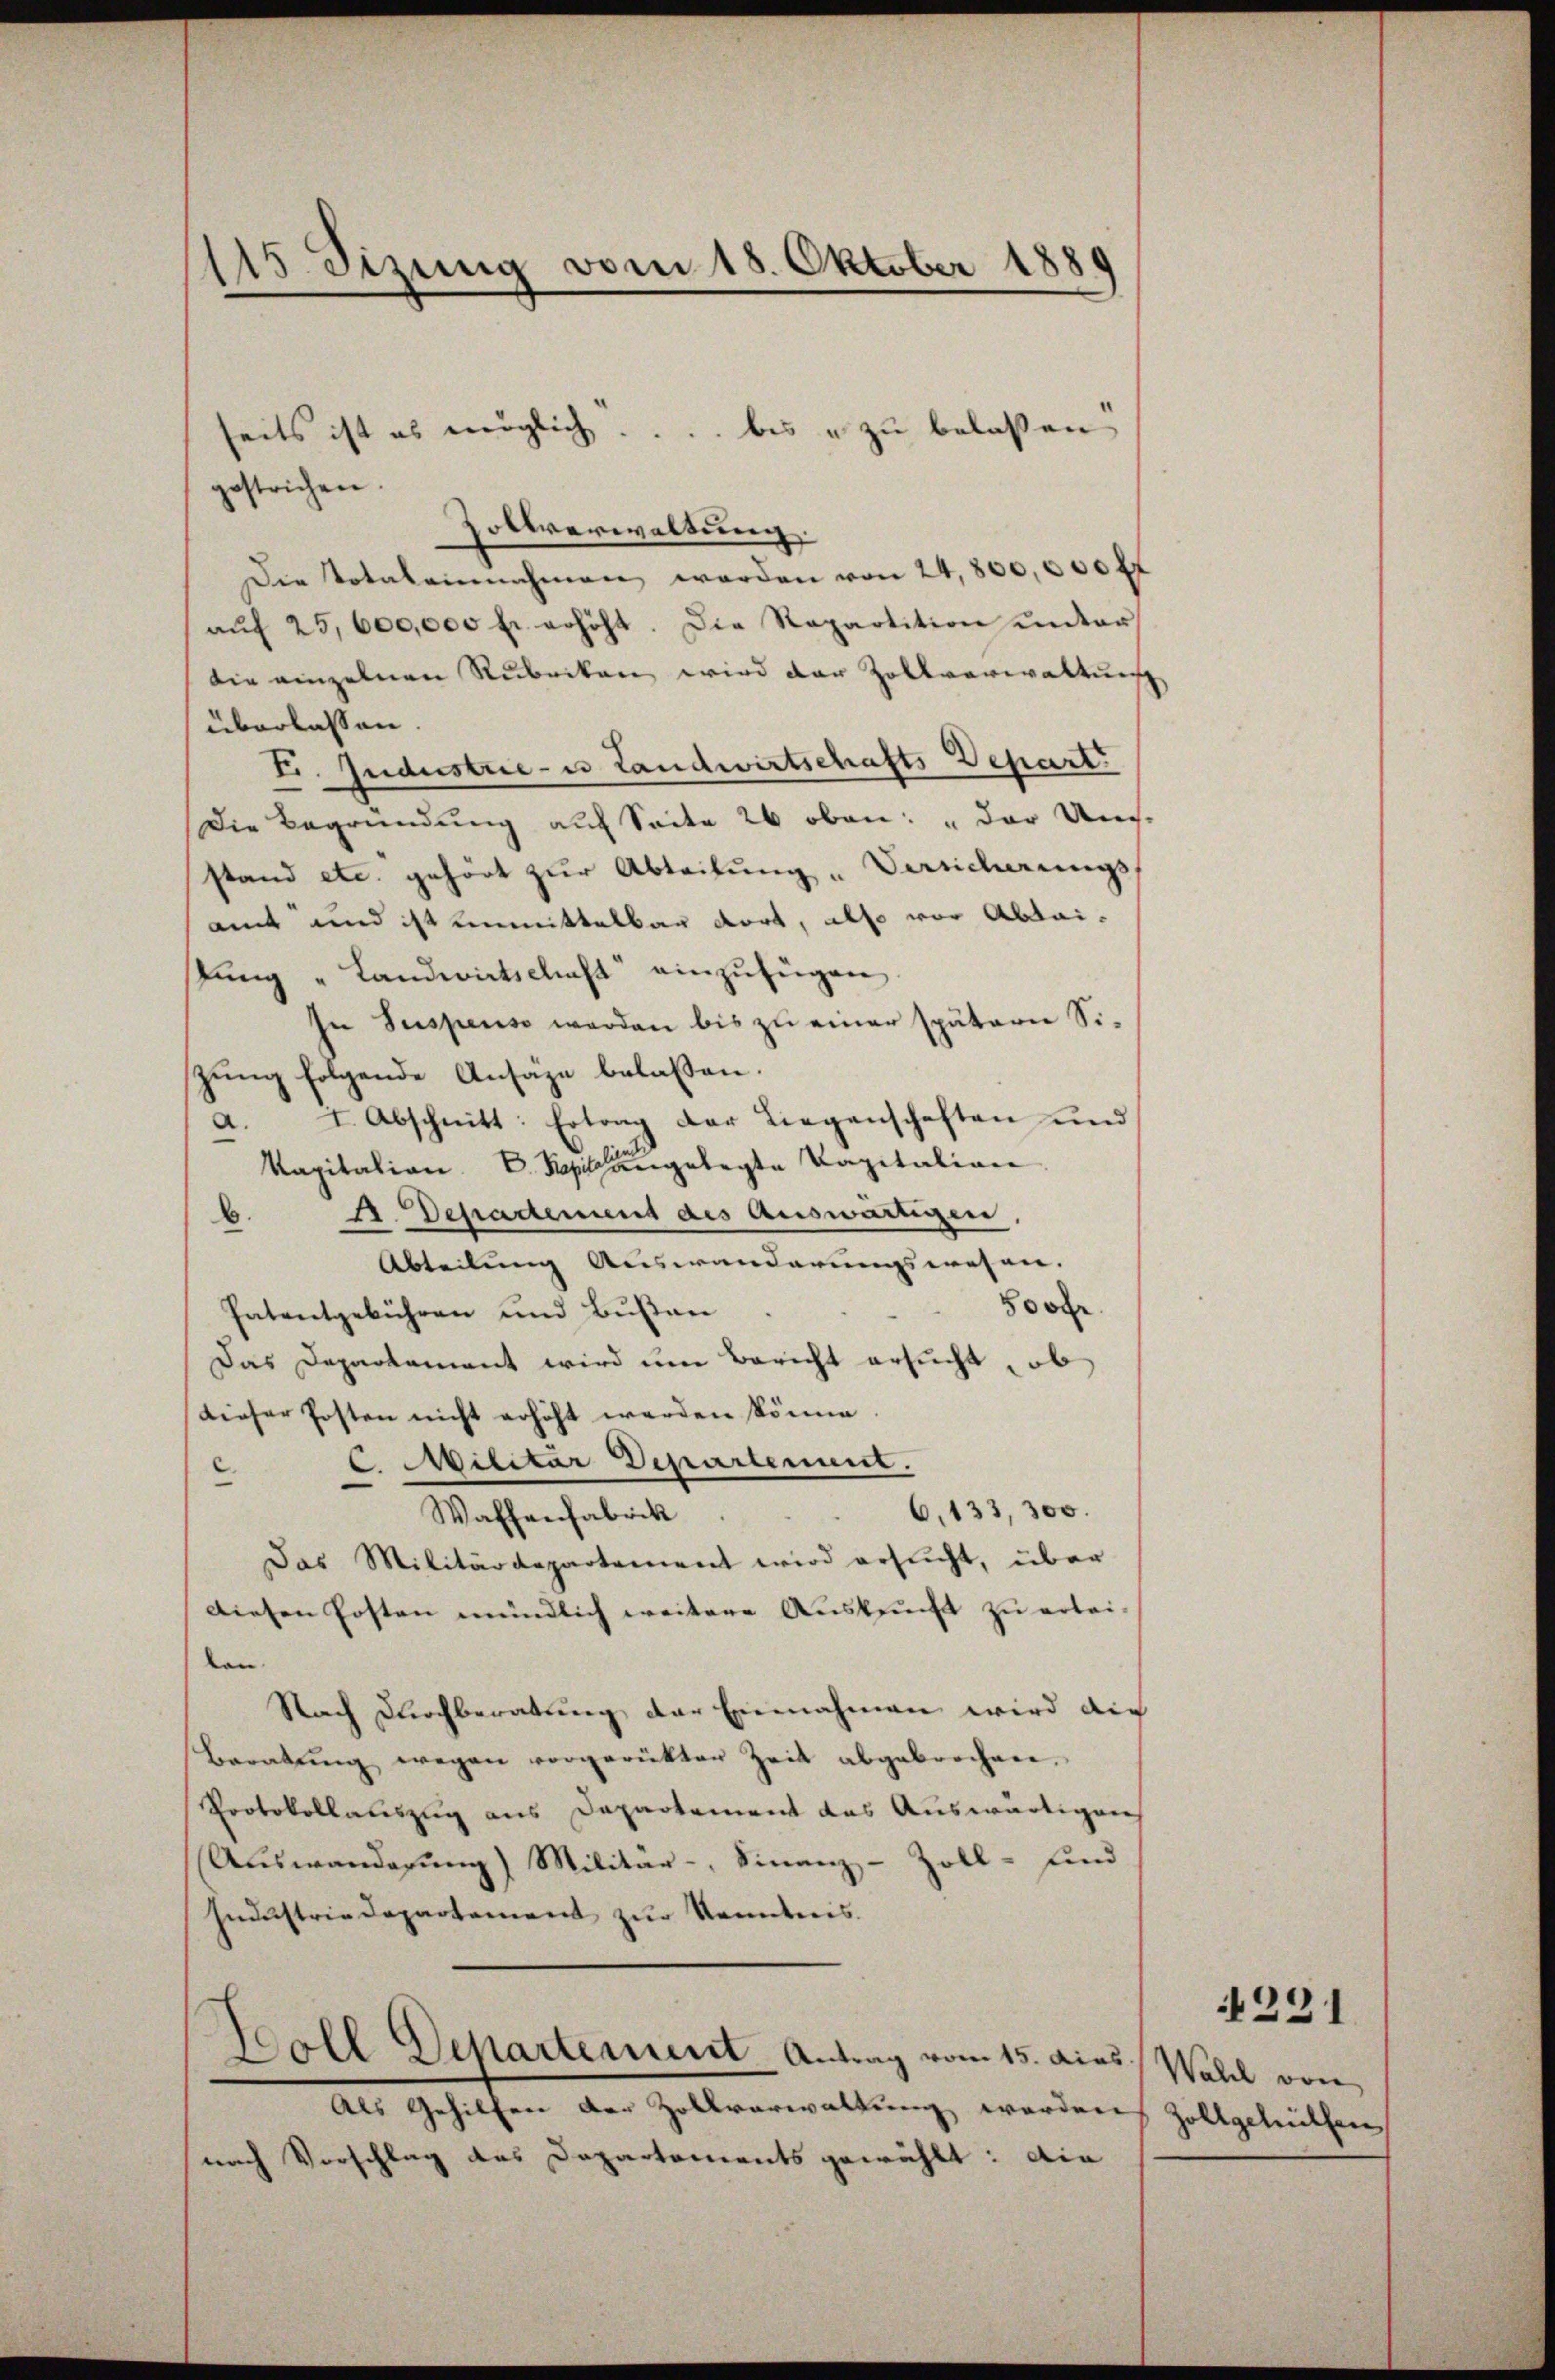
115 Sizung vom 18. Oktober 1880

gestrichen.
Zollverwaltung.
Die totaleinnahmen werden von 24,800,000 fr
aŭf 25,600,000 fr. erhöht. Die Repartition ŭnter
die einzelnen Rubriken wird der Zollverwaltung
überlassen
I. Industrie- u Landwirtschafts Depart
Die Begründung auf Seite 20 oben: „der Un-
stand etc. gehört zur Abteilung „Versicherungs-
amt und ist unmittelbar dort, also vor Abtaistung "Landwirtschaft einzufügen.
In Suspenso werden bis zu einer spätern Siszung folgende Ansäze belaßen.
I. Abschnitt: Ertrag der Liegenschaften und
d
Kapitalian D. Kapitangelegte Kapitalion
A. Depadement des Auswärtigen,
b.
Abteilung Auswanderungswesen. |
oo
hatentgebühren und Bußen
Das Departement wird um Bericht ersucht, ob
dieser Posten nicht erhöht werden könne.
CMilitar Departement.
c.
6.133, 300.
Waffenfabrik
Das Militärdepartement wird ersucht, über
Diesen Posten mündlich weitere Ausbrucht zu ertei-
lan
Nach Durchberatung der Einnahmen wird die
Beratŭng wegen vorgerükter Zeit abgebrochen.
Protokollauszug aus Departement das Auswärtigen
Auswanderung) Militär-, Finanz-Zoll- und
Industrie Departement zur Kenntnis.
Boll Departement Antrag vom 15. dies Wahl von
Als Gehilfen der Zollverwaltung werden Zollgeleithen
nach Vorschlag des Departements gewählt: die

seits ist es möglich .... bis zu belassen

1231